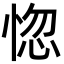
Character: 惚